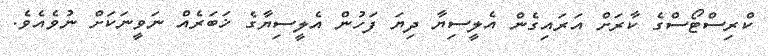
ކްރިސްޓޯސްގެ ކާރަށް އަރައިގެން އެލީސިޔާ ދިޔަ ފަހުން އެލީސިޔާގެ ޚަބަރެއް ނަވީނަކަށް ނުވެއެވެ.